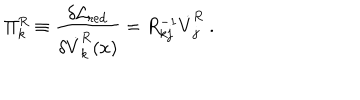
LaTeX: \Pi _ { k } ^ { R } \equiv { \frac { \delta { \cal L } _ { \mathrm { r e d } } } { \delta \dot { V } _ { k } ^ { R } ( x ) } } = R _ { k j } ^ { - 1 } \dot { V } _ { j } ^ { R } ~ .